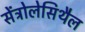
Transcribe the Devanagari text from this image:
सेंट्रोलेसिथैल